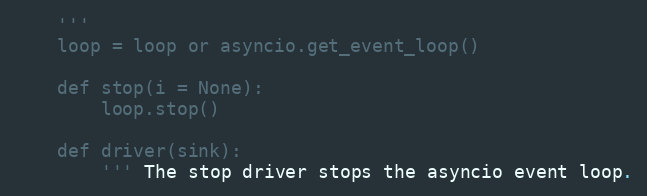
Language: Python
    '''
    loop = loop or asyncio.get_event_loop()

    def stop(i = None):
        loop.stop()

    def driver(sink):
        ''' The stop driver stops the asyncio event loop.